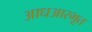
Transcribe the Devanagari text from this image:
आधआरभूत